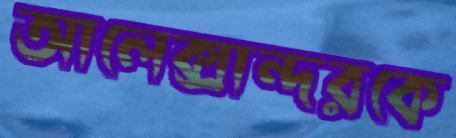
আলেক্সান্দরকে